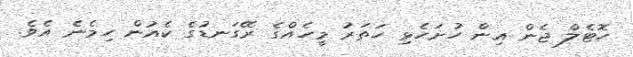
ހޮޓެލް ޖެން އިން ހުށަހެޅި ހަތަރު މީހެއްގެ ރޭގަނޑުގެ ކެއުން ހިމެނެ އެވެ.